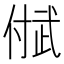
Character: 𬿐